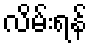
လိမ်းရန်